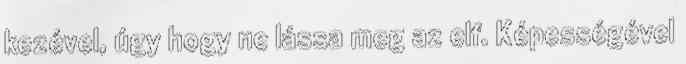
kezével, úgy hogy ne lássa meg az elf. Képességével